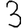
Digit: 3